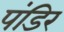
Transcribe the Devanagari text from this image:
पंडिर